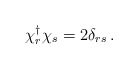
\begin{align*}\chi^{\dag}_{r} \chi_{s} = 2\delta_{rs} \,.\end{align*}